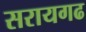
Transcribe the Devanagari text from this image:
सरायगढ